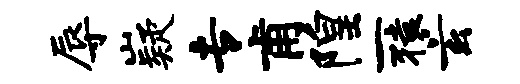
辱嶷专甫隍一猿玄